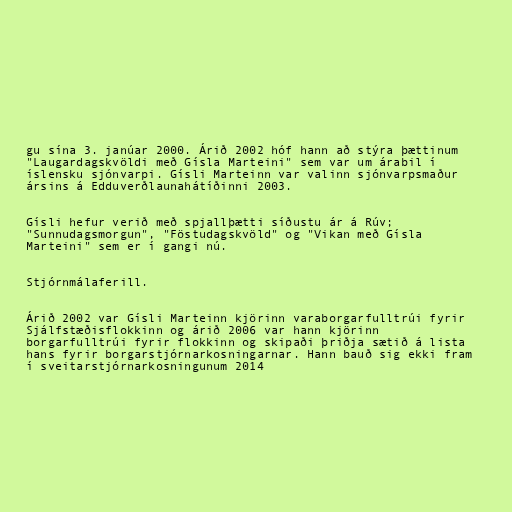
gu sína 3. janúar 2000. Árið 2002 hóf hann að stýra þættinum
"Laugardagskvöldi með Gísla Marteini" sem var um árabil í
íslensku sjónvarpi. Gísli Marteinn var valinn sjónvarpsmaður
ársins á Edduverðlaunahátíðinni 2003.

Gísli hefur verið með spjallþætti síðustu ár á Rúv;
"Sunnudagsmorgun", "Föstudagskvöld" og "Vikan með Gísla
Marteini" sem er í gangi nú.

Stjórnmálaferill.

Árið 2002 var Gísli Marteinn kjörinn varaborgarfulltrúi fyrir
Sjálfstæðisflokkinn og árið 2006 var hann kjörinn
borgarfulltrúi fyrir flokkinn og skipaði þriðja sætið á lista
hans fyrir borgarstjórnarkosningarnar. Hann bauð sig ekki fram
í sveitarstjórnarkosningunum 2014